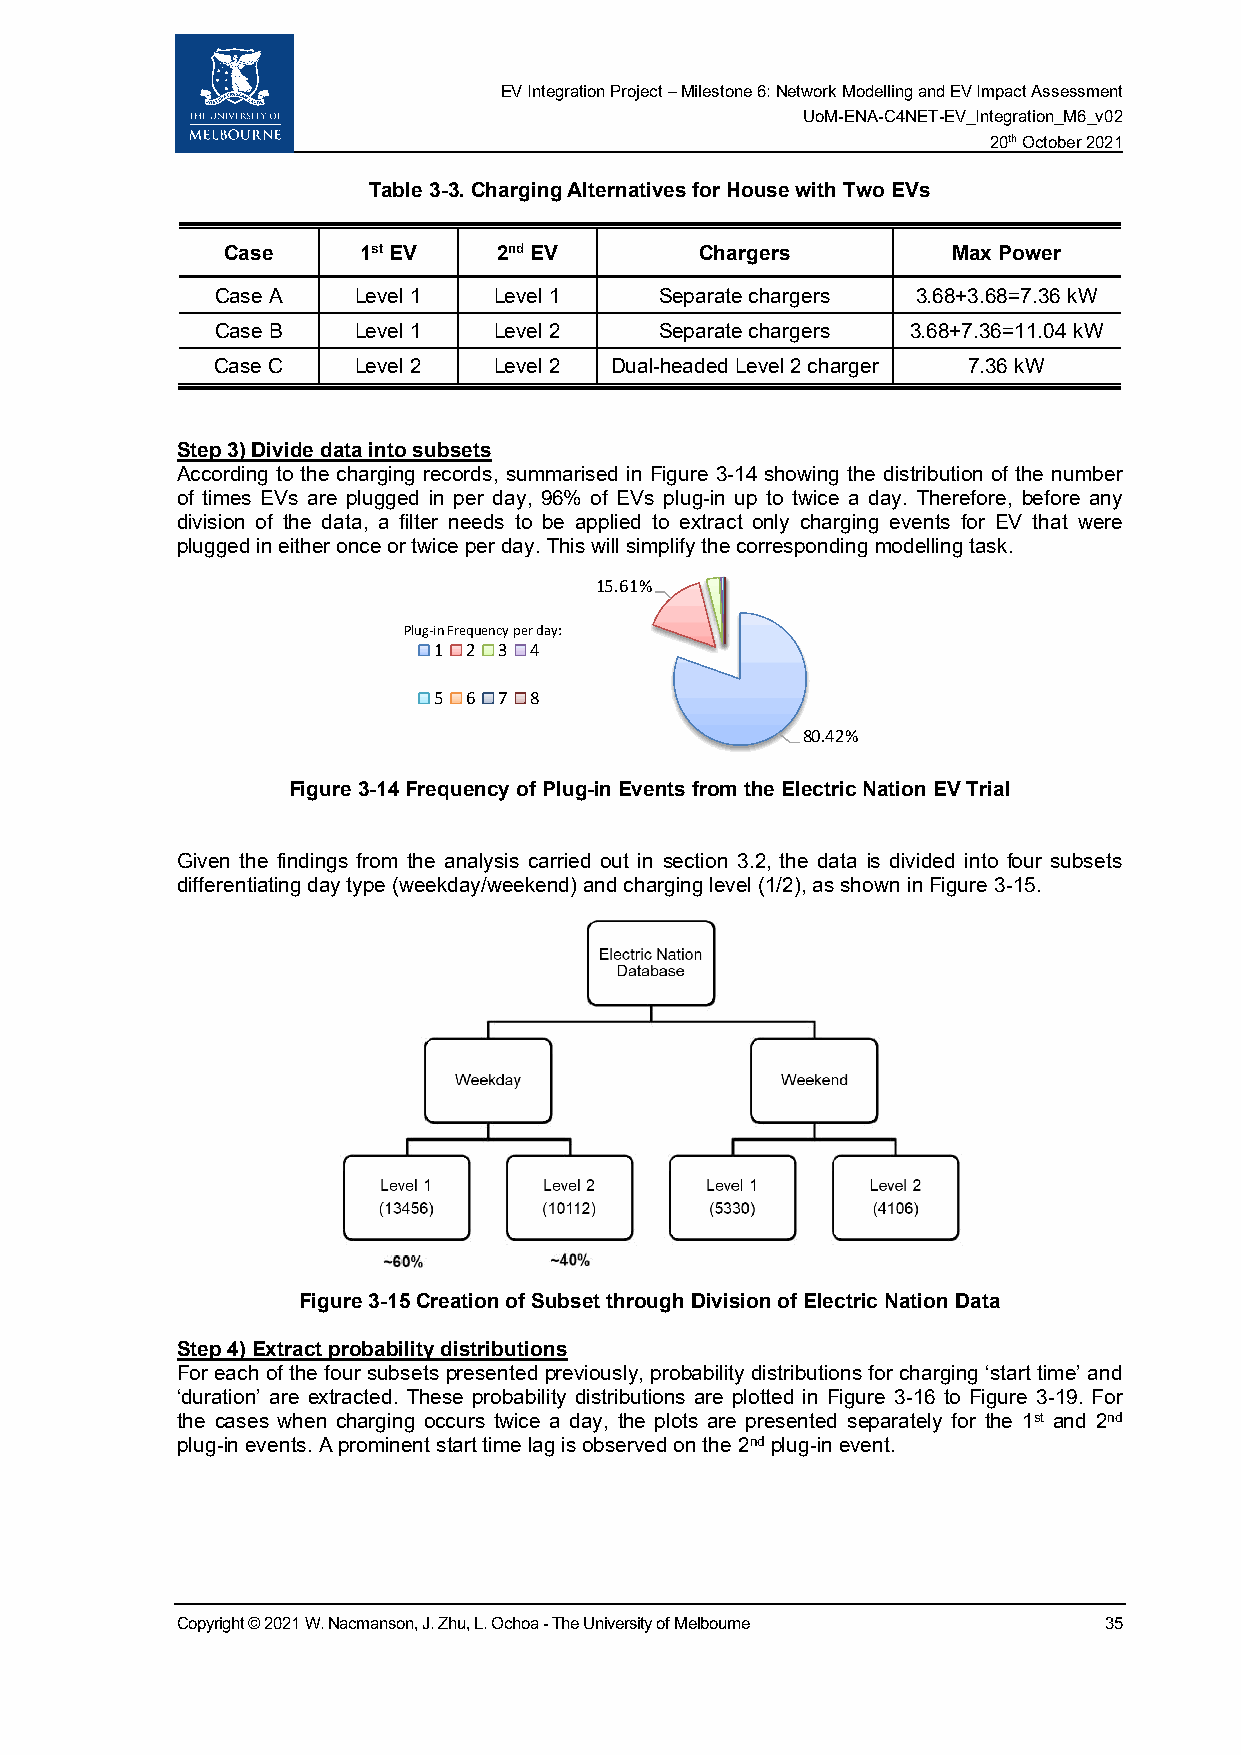
EV Integration Project – Milestone 6: Network Modelling and EV Impact Assessment
 UoM-ENA-C4NET-EV_Integration_M6_v02
 20th October 2021
 Table 3-3. Charging Alternatives for House with Two EVs
 Case     1st EV   2nd EV       Chargers         Max Power
 Case A   Level 1   Level 1    Separate chargers 3.68+3.68=7.36 kW
 Case B   Level 1   Level 2    Separate chargers 3.68+7.36=11.04 kW
 Case C   Level 2   Level 2 Dual-headed Level 2 charger 7.36 kW
 Step 3) Divide data into subsets
 According to the charging records, summarised in Figure 3-14 showing the distribution of the number
 of times EVs are plugged in per day, 96% of EVs plug-in up to twice a day. Therefore, before any
 division of the data, a filter needs to be applied to extract only charging events for EV that were
 plugged in either once or twice per day. This will simplify the corresponding modelling task.
 15.61%
 Plug-in Frequency per day:
 1 2 3 4
 5 6 7 8
 80.42%
 Figure 3-14 Frequency of Plug-in Events from the Electric Nation EV Trial
 Given the findings from the analysis carried out in section 3.2, the data is divided into four subsets
 differentiating day type (weekday/weekend) and charging level (1/2), as shown in Figure 3-15.
 Figure 3-15 Creation of Subset through Division of Electric Nation Data
 Step 4) Extract probability distributions
 For each of the four subsets presented previously, probability distributions for charging ‘start time’ and
 ‘duration’ are extracted. These probability distributions are plotted in Figure 3-16 to Figure 3-19. For
 the cases when charging occurs twice a day, the plots are presented separately for the 1st and 2nd
 plug-in events. A prominent start time lag is observed on the 2nd plug-in event.
 Copyright © 2021 W. Nacmanson, J. Zhu, L. Ochoa - The University of Melbourne 35